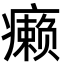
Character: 癞